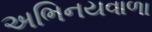
અભિનયવાળા